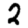
Digit: 2